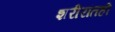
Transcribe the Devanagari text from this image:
शरीरांतही